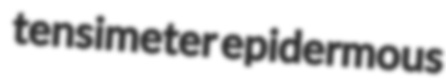
tensimeter epidermous